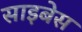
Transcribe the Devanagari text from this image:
साइबेस